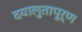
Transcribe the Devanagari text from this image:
दयालुतापूर्ण